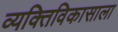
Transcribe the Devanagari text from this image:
व्यक्तिविकासाला